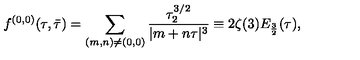
{ f ^ { ( 0 , 0 ) } ( \tau , \bar { \tau } ) = \sum _ { ( m , n ) \ne ( 0 , 0 ) } { \frac { \tau _ { 2 } ^ { 3 / 2 } } { | m + n \tau | ^ { 3 } } } \equiv 2 \zeta ( 3 ) E _ { \frac { 3 } { 2 } } ( \tau ) , }